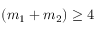
( m _ { 1 } + m _ { 2 } ) \geq 4